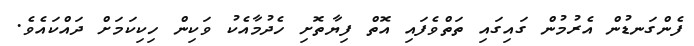
ފެންގަނޑުން އެރުމުން ގައިގައި ތަތްވެފައި އޮތް ފިޔާތޮށި ހެދުމާއެކު ވަކިން ހިކިކަމަށް ދައްކައެވެ.